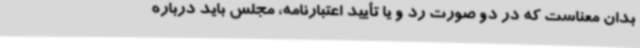
بدان معناست که در دو صورت رد و یا تأیید اعتبارنامه، مجلس باید درباره